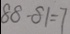
8 8 - 8 1 = 7